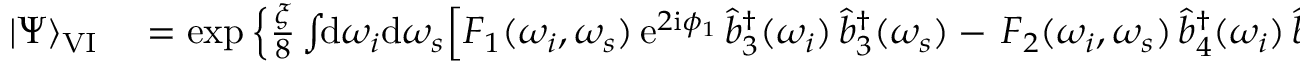
\begin{array} { r l } { | \Psi \rangle _ { \mathrm { V I } } } & { { } = \exp \Big \{ \frac { \xi } { 8 } \int \! \! \mathrm { d } \omega _ { i } \mathrm { d } \omega _ { s } \Big [ F _ { 1 } ( \omega _ { i } , \omega _ { s } ) \, \mathrm { e } ^ { 2 \mathrm { i } \phi _ { 1 } } \, \hat { b } _ { 3 } ^ { \dagger } ( \omega _ { i } ) \, \hat { b } _ { 3 } ^ { \dagger } ( \omega _ { s } ) - \, F _ { 2 } ( \omega _ { i } , \omega _ { s } ) \, \hat { b } _ { 4 } ^ { \dagger } ( \omega _ { i } ) \, \hat { b } _ { 4 } ^ { \dagger } ( \omega _ { s } ) \Big \} | \mathrm { v a c } \rangle \, , } \end{array}